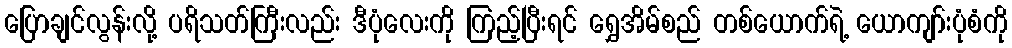
ပြောချင်လွန်းလို့ ပရိသတ်ကြီးလည်း ဒီပုံလေးကို ကြည့်ပြီးရင် ရွှေအိမ်စည် တစ်ယောက်ရဲ့ ယောကျာ်းပုံစံကို